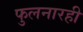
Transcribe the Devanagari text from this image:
फुलनारही